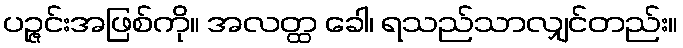
ပဉ္ဇင်းအဖြစ်ကို။ အလတ္ထ ခေါ၊ ရသည်သာလျှင်တည်း။